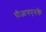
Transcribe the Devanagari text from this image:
पीआयएनके